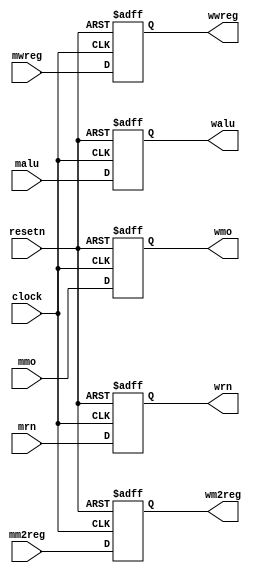
module pipemwreg( mwreg,mm2reg,mmo,malu,mrn,clock,resetn,
							wwreg,wm2reg,wmo,walu,wrn); // MEM/WB 
	input mwreg,mm2reg;
	input [31:0] malu,mmo;
	input [4:0] mrn;
	input clock,resetn;
	
	output reg wwreg,wm2reg;
	output reg [31:0] walu,wmo;
	output reg [4:0] wrn;
	
	always @(negedge resetn or posedge clock)
		if(resetn==0)
			begin
				wwreg<=0;
				wm2reg<=0;
				walu<=0;
				wmo<=0;
				wrn<=0;
			end
		else
			begin
				wwreg<=mwreg;
				wm2reg<=mm2reg;
				walu<=malu;
				wmo<=mmo;
				wrn<=mrn;
			end
endmodule